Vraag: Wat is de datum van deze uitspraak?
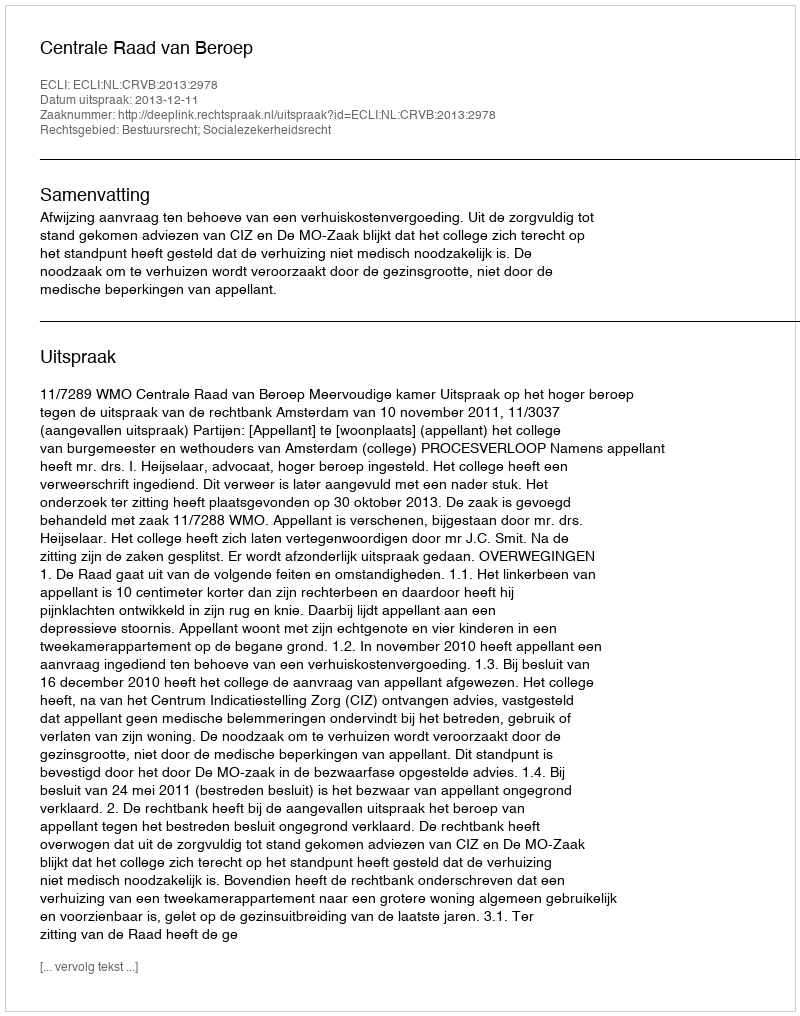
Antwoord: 2013-12-11